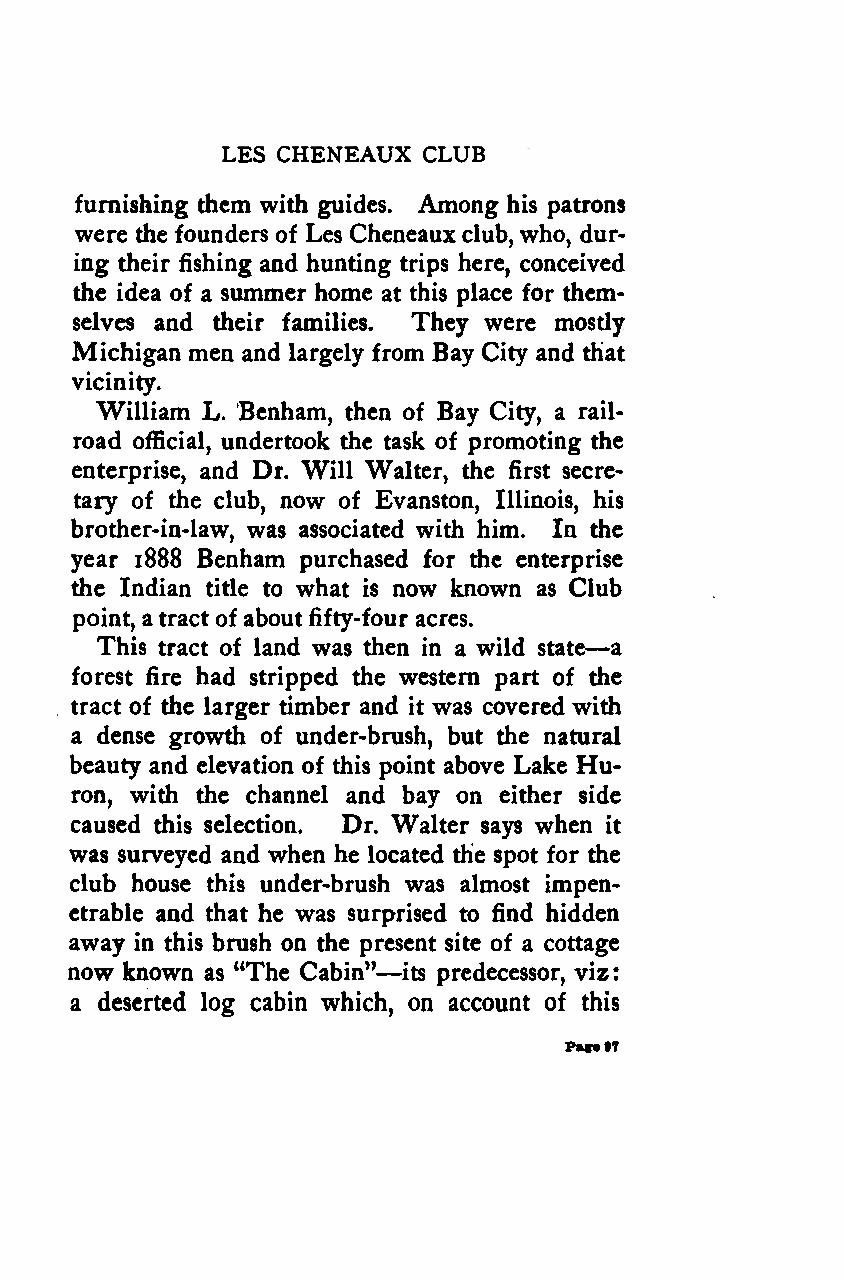
a
 :
 LES CHENEAUX CLUB
 furnishing them with guides. Among his patrons
 were the founders of Les Cheneaux club,who, dur-
 ing their fishing and hunting trips here, conceived
 the idea of a summer home at this place for them-
 selves and their families. They were mostly
 Michigan men and largely from Bay City and that
 vicinity.
 William L. Benham, then of Bay City, a rail-
 road official, undertook the task of promoting the
 enterprise, and Dr. Will Walter, the first secre-
 tary of the club, now of Evanston, Illinois, his
 brother-in-law, was associated with him. In the
 year 1888 Benham purchased for the enterprise
 the Indian title to what is now known as Club
 point, a tract of about fifty-four acres.
 —
 This tract of land was then in a wild state
 forest fire had stripped the western part of the
 tract of the larger timber and it was covered with
 a dense growth of under-brush, but the natural
 beauty and elevation of this point above Lake Hu-
 ron, with the channel and bay on either side
 caused this selection. Dr. Walter says when it
 was surveyed and when he located the spot for the
 club house this under-brush was almost impen-
 etrable and that he was surprised to find hidden
 away in this brush on the present site of a cottage
 —
 now known as "The Cabin" its predecessor, viz
 a deserted log cabin which, on account of this
 Pact§7
 Google
 Digitizedby